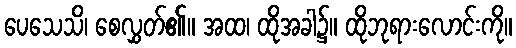
ပေသေသိ၊ စေလွှတ်၏။ အထ၊ ထိုအခါ၌။ ထိုဘုရားလောင်းကို။